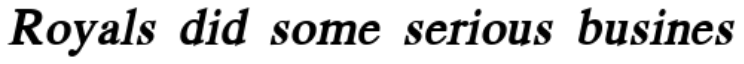
Royals did some serious busines